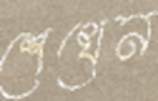
শেখেন